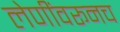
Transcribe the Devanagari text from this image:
लेणींवरूनच